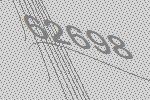
62698